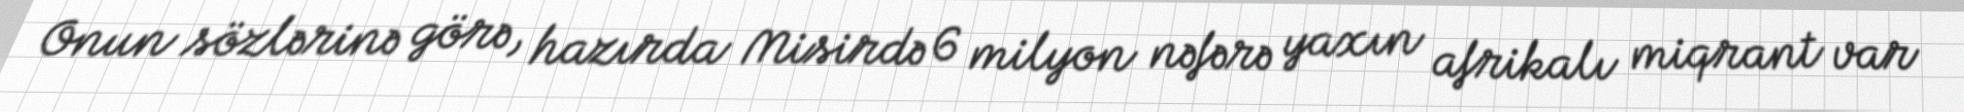
Onun sözlərinə görə, hazırda Misirdə 6 milyon nəfərə yaxın afrikalı miqrant var